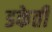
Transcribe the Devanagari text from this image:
डकेती